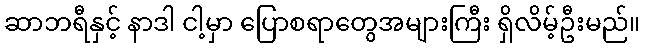
ဆာဘရီနှင့် နာဒါ ငါ့မှာ ပြောစရာတွေအများကြီး ရှိလိမ့်ဦးမည်။